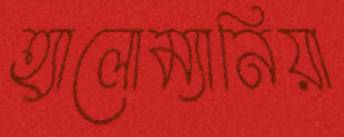
হ্যালোম্যানিয়া